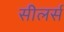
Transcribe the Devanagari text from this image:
सीलर्स